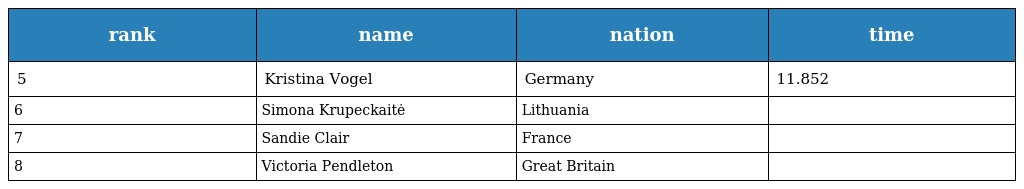
| rank | name | nation | time |
 | --- | --- | --- | --- |
 | 5 | Kristina Vogel | Germany | 11.852 |
 | 6 | Simona Krupeckaitė | Lithuania |  |
 | 7 | Sandie Clair | France |  |
 | 8 | Victoria Pendleton | Great Britain |  |